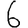
Digit: 6